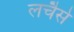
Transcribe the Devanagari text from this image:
लचैसे